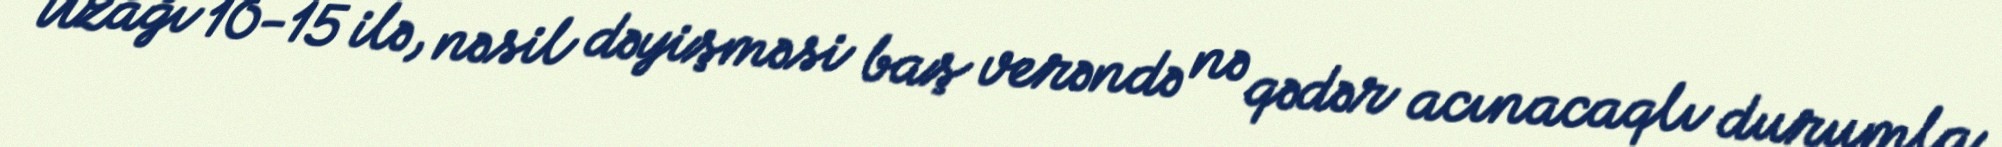
Uzağı 10-15 ilə, nəsil dəyişməsi baş verəndə nə qədər acınacaqlı durumla